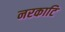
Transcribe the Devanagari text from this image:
नरकाटि